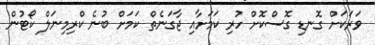
ވަރަކަށް ގޮނޑި ގޮސްކޮށް ހުރި ކަމަށާއި ޖާގަނެތް ކަމަށް ބުނެ ކްރިމިނަލް ކޯޓުން